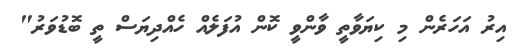
އިރު އަހަރެން މި ކިޔަވާތީ ވާންވީ ކޮން އުފަލެއް ހެއްދިޔަސް ތީ ބޮޑުވަރު"